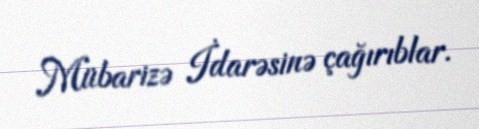
Mübarizə İdarəsinə çağırıblar.